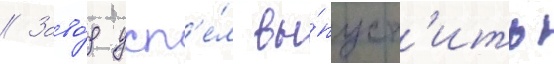
// Заво́д усп'е́л вы́пуст'ить